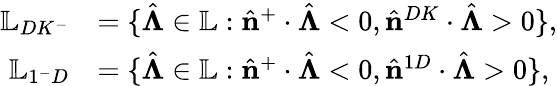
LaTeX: \begin{array}{rl}{\mathbb{L}_{DK^{-}}}&{=\{ \hat{\boldsymbol{\Lambda}}\in\mathbb{L}:\hat{\mathbf{n}}^{+}\cdot\hat{\boldsymbol{\Lambda}}<0,\hat{\mathbf{n}}^{DK}\cdot\hat{\boldsymbol{\Lambda}}>0\} ,}\\ {\mathbb{L}_{1^{-}D}}&{=\{ \hat{\boldsymbol{\Lambda}}\in\mathbb{L}:\hat{\mathbf{n}}^{+}\cdot\hat{\boldsymbol{\Lambda}}<0,\hat{\mathbf{n}}^{1D}\cdot\hat{\boldsymbol{\Lambda}}>0\} ,}\end{array}